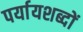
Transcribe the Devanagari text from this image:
पर्यायशब्दों